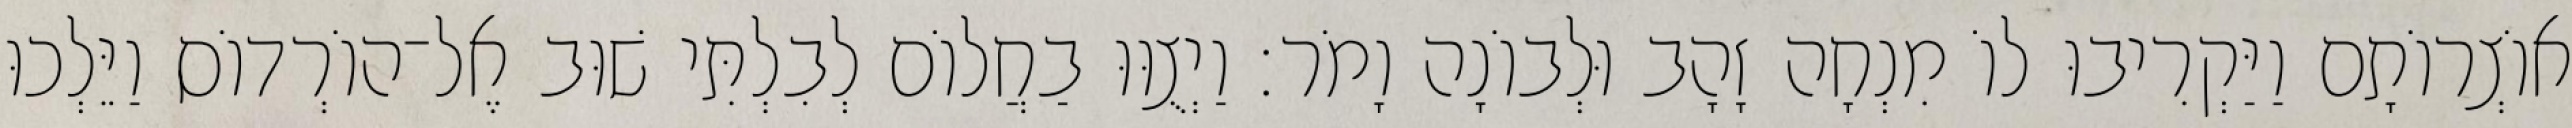
אוֹצְרוֹתָם וַיַּקְרִיבוּ לוֹ מִנְחָה זָהָב וּלְבוֹנָה וָמֹר׃ וַיְצֻוּוּ בַחֲלוֹם לְבִלְתִּי שׁוּב אֶל־הוֹרְדוֹס וַיֵּלְכוּ